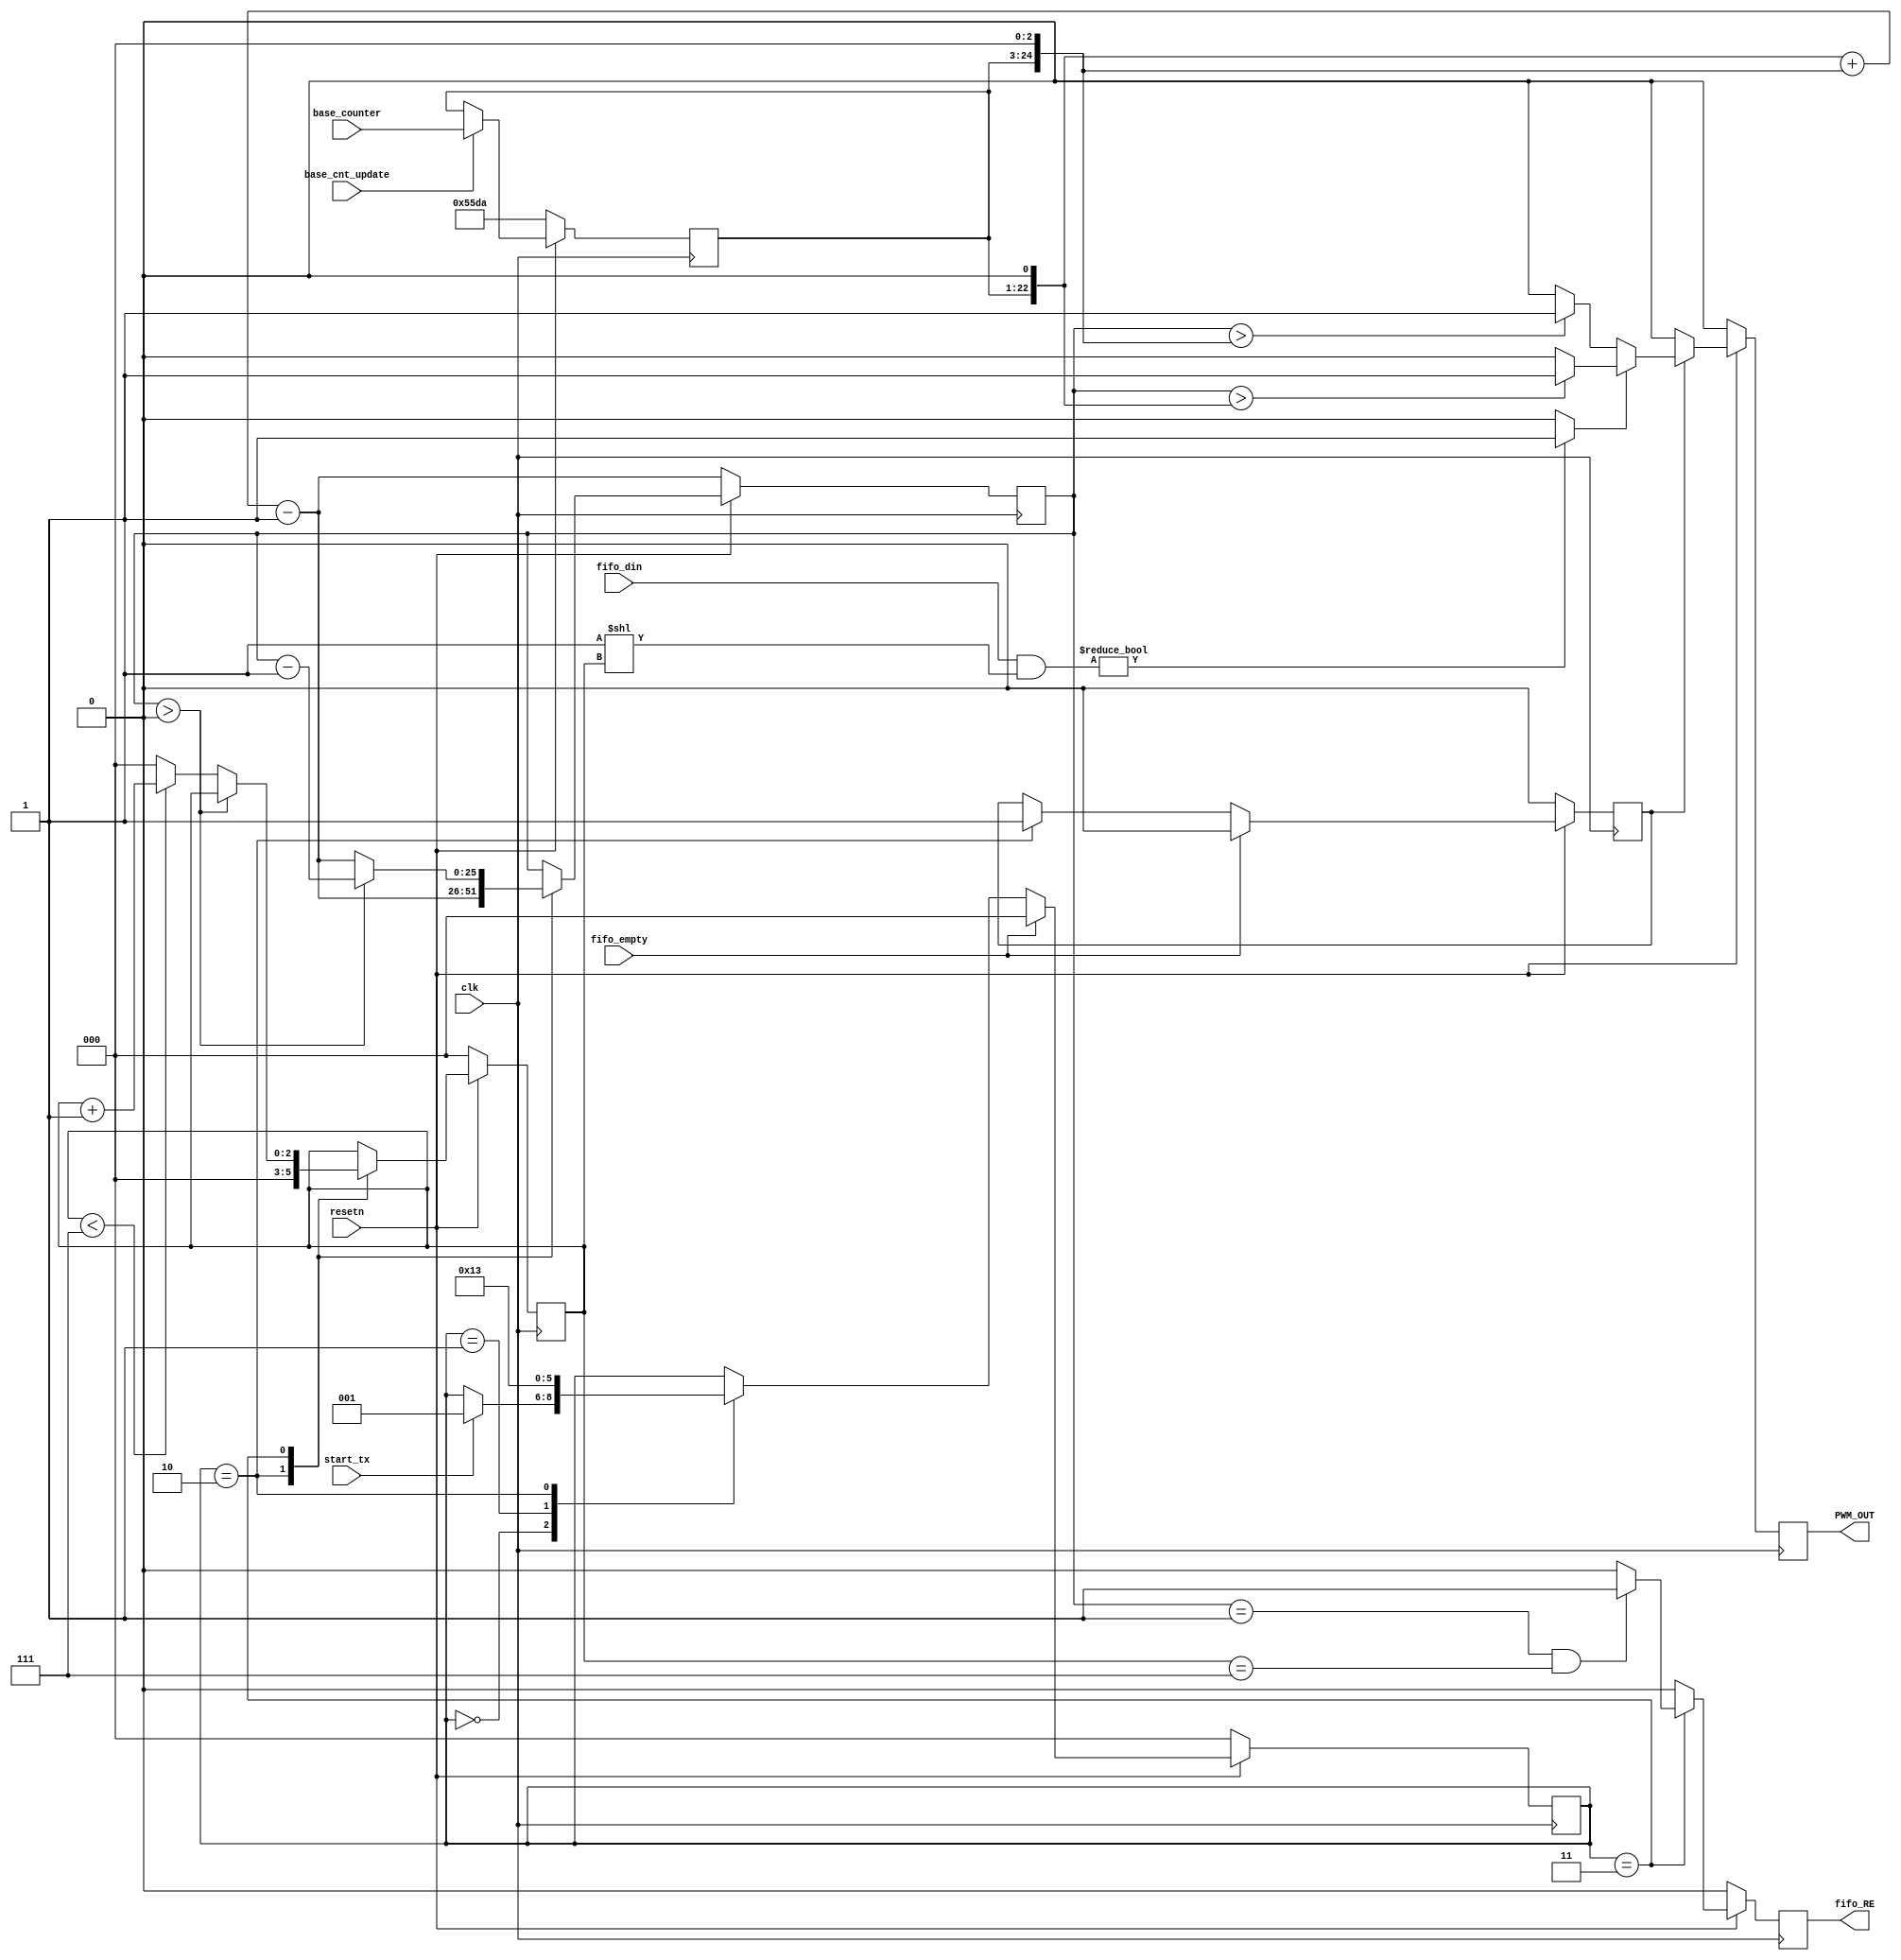
module pwm_mod (clk, resetn, fifo_din, fifo_RE, fifo_empty, 
				start_tx, PWM_OUT,
				base_cnt_update, base_counter);

input			clk, resetn;

output			PWM_OUT;

input	[7:0]	fifo_din;
output			fifo_RE;
input			fifo_empty;

input			start_tx;


input			base_cnt_update;

parameter BITS_PER_DC=22;	// 2^8 = 256 > PTS_T_PERIOD

input	[(BITS_PER_DC-1):0] base_counter;
reg		[(BITS_PER_DC-1):0] base_counter_reg;
wire	[BITS_PER_DC:0]		t_thres1_reg = (base_counter_reg<<1); 
wire	[(BITS_PER_DC+2):0] t_thres0_reg = (base_counter_reg<<3);
wire	[(BITS_PER_DC+3):0] t_period_reg = t_thres1_reg + t_thres0_reg;
reg		[(BITS_PER_DC+3):0]	counter, next_counter;

parameter BIT_POS_MAX=8;

reg				PWM_OUT_BUF, PWM_OUT;
reg		[2:0]	state, next_state;
reg				output_en, next_output_en;
reg				fifo_RE, next_fifo_RE;
reg		[2:0]	bit_position, next_bit_position;
wire			bit_extraction = (fifo_din & (8'b1<<bit_position)) ? 1 : 0;

always @ (posedge clk)
begin
	if (~resetn)
	begin
		base_counter_reg <= 21978;
	end
	else
	begin
		if (base_cnt_update)
			base_counter_reg <= base_counter;
	end
end


always @ *
begin
	PWM_OUT_BUF = 0;
	if (output_en)
	begin
		if (bit_extraction)
		begin
			if (counter>t_thres1_reg)
				PWM_OUT_BUF = 1;
			else
				PWM_OUT_BUF = 0;
		end
		else
		begin
			if (counter>t_thres0_reg)
				PWM_OUT_BUF = 1;
			else
				PWM_OUT_BUF = 0;
		end
	end
	else
	begin
		PWM_OUT_BUF = 0;
	end
end

always @ (posedge clk)
begin
	if (~resetn)
		PWM_OUT <= 0;
	else
		PWM_OUT <= PWM_OUT_BUF;
end

always @ (posedge clk)
begin
	if (~resetn)
	begin
		state <= 0;
		output_en <= 0;
		fifo_RE <= 0;
		bit_position <= 0;
		counter <= t_period_reg - 1;
	end
	else
	begin
		fifo_RE <= next_fifo_RE;
		bit_position <= next_bit_position;
		counter <= next_counter;

		if(fifo_empty) begin
			state <= 0;
			output_en <= 1'b0;
		end
		else
		begin
			state <= next_state;
			output_en <= next_output_en;
		end
			
	end
end

always @ *
begin
	next_state = state;
	next_output_en = output_en;
	next_fifo_RE = 0;
	next_bit_position = bit_position;
	next_counter = counter;
	case (state)
		0:
		begin
			if (start_tx)
			begin
				next_state = 1;
			end
		end

		1:
		begin
			next_state = 2;
		end

		2:
		begin
			next_state = 3;
			next_output_en = 1;
			next_counter = t_period_reg -1;
			next_bit_position = 0;
		end

		3:
		begin
			if (counter>0)
				next_counter = counter - 1;
			else
			begin
				next_counter = t_period_reg -1;
				if (bit_position<(BIT_POS_MAX-1))
					next_bit_position = bit_position + 1;
				else
					next_bit_position = 0;
			end

			if ((counter==1)&&(bit_position==(BIT_POS_MAX-1)))
			begin
				next_fifo_RE = 1;
			end
		end

	endcase
end


endmodule